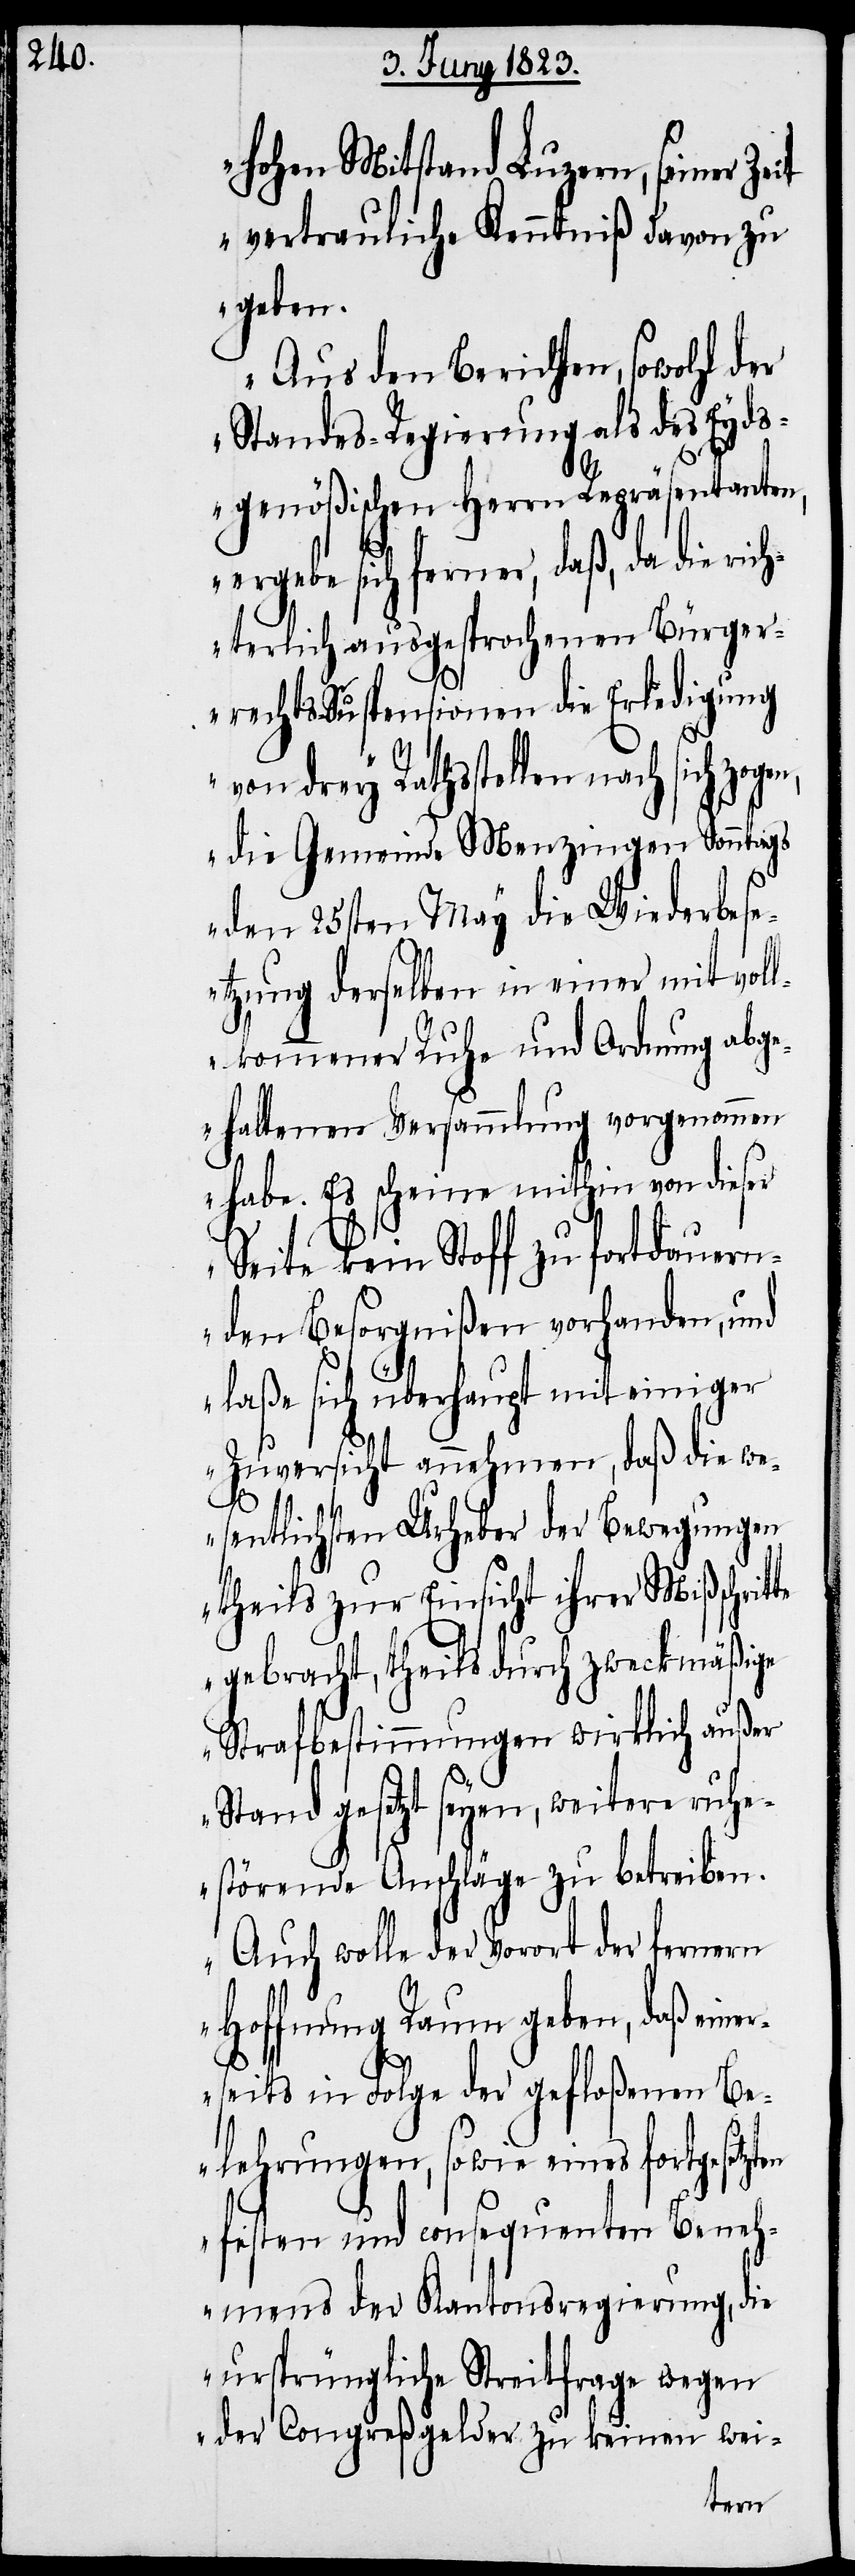
hohen Mitstand Luzern,
seiner Zeit
vertrauliche Kenntniß davon zu
geben.
Aus den Berichten, sowohl der
Standes-Regierung als des Eyds¬
genößischen Herrn Repräsentanten,
ergebe sich ferner, daß, da die rich¬
terlich ausgesprochenen Bürger¬
rechts-Suspensionen die Erledigung
von drey Rathsstellen nach sich
die Gemeinde Menzingen Sonntags
den 25sten May die Wiederbese¬
tzung derselben in einer mit voll¬
kommener Ruhe und Ordnung abg¬
ehaltenen Versammlung vorgenommen
habe. Es scheine mithin von dieser
Seite kein Stoff zu fortdauern¬
den Besorgnißen vorhanden, und
laße sich überhaupt mit einiger
Zuversicht annehmen, daß die we¬
sentlichsten Urheber der Bewegungen
theils zur Einsicht ihrer Mißschritte
gebracht, theils durch zweckmäßige
Strafbestimmungen wirklich außer
Stand gesetzt seyen, weitere ruhe¬
störende Anschläge zu betreiben.
Auch wolle der Vorort der fernern
Hoffnung Raum geben, daß eine¬
rseits in Folge der gefloßenen Be¬
lehrungen, sowie eines fortgesetzt¬
en festen und consequenten Beneh¬
mens der Kantonsregierung, die
ursprüngliche Streitfrage wegen
der Congreßgelder zu keinen wei-